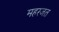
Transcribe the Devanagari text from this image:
महरजत